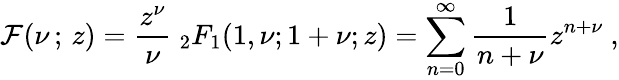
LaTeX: {\cal F}(\nu\, ;\, z)=\frac{z^{\nu}}{\nu}\ _{2}F_{1}(1,\nu;1+\nu;z)=\sum_{n=0}^{\infty}\frac{1}{n+\nu}z^{n+\nu}~,